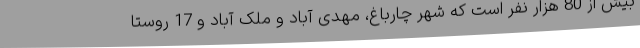
بیش از 80 هزار نفر است که شهر چارباغ، مهدی آباد و ملک آباد و 17 روستا